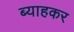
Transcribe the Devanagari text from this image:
ब्याहकर